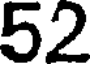
52